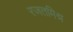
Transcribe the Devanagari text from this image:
रजतमिश्र